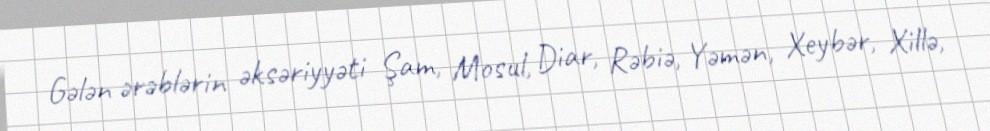
Gələn ərəblərin əksəriyyəti Şam, Mosul, Diar, Rəbiə, Yəmən, Xeybər, Xillə,